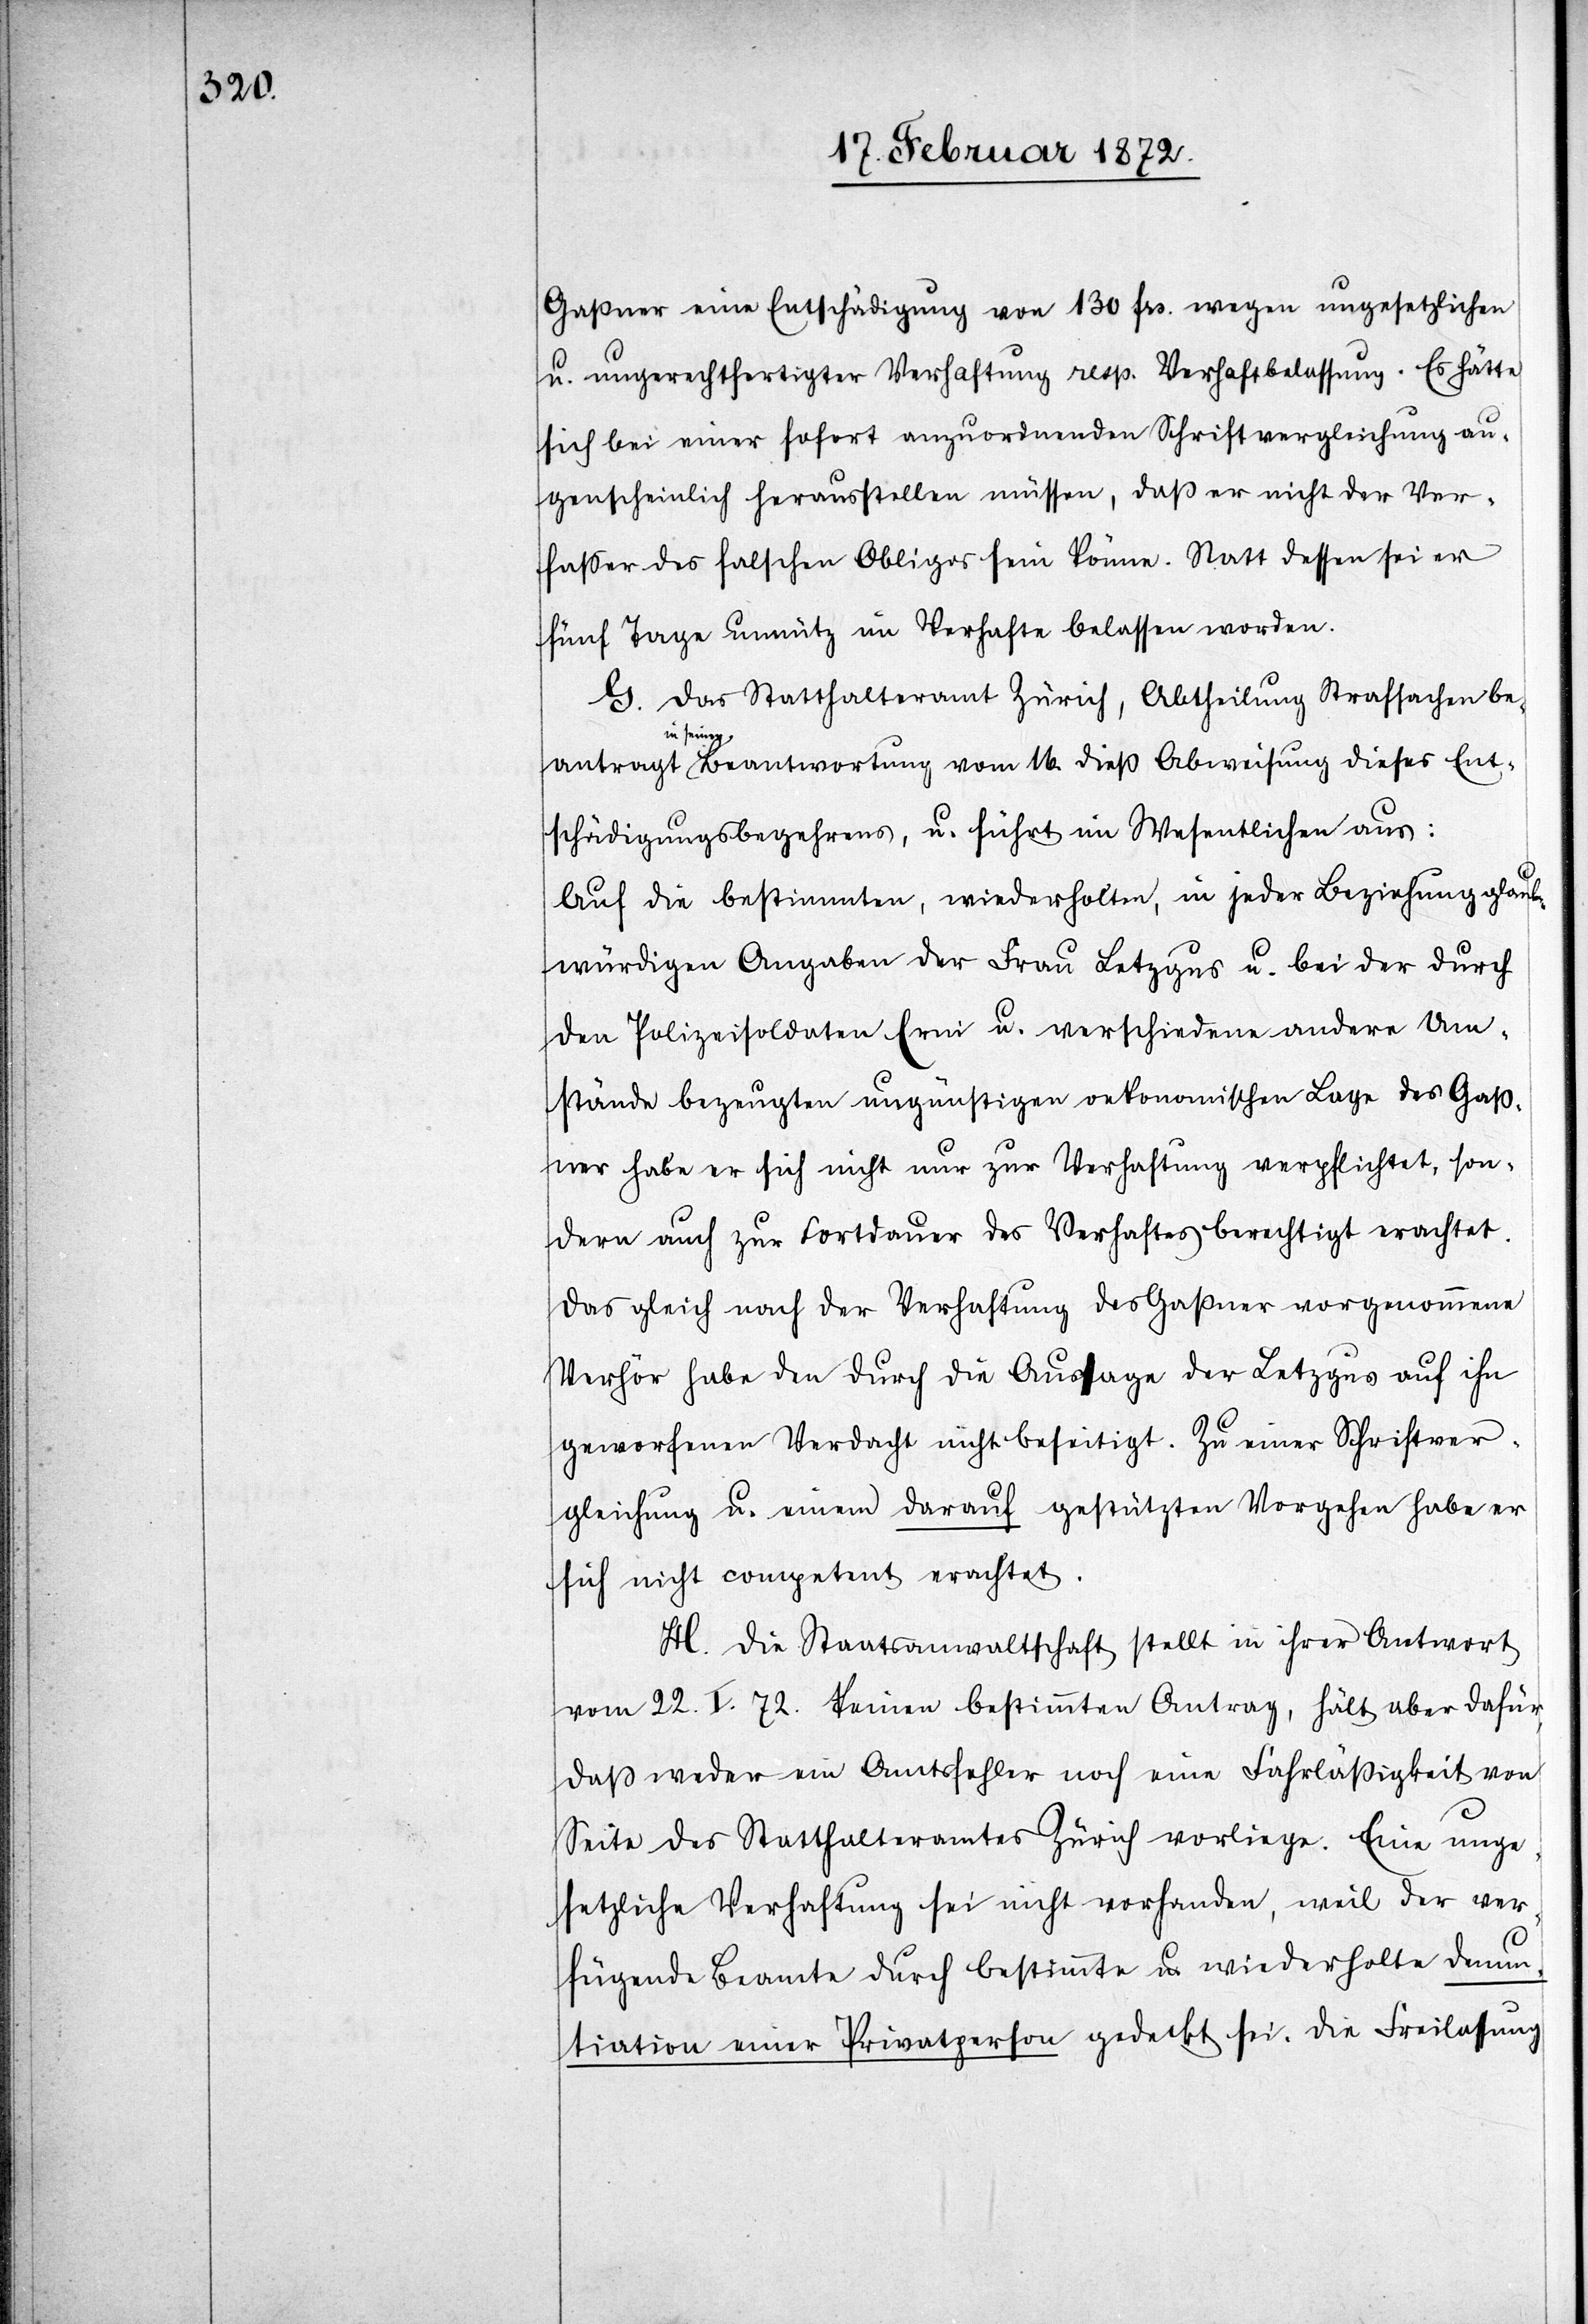
Gaßner eine Entschädigung von 130 frs. wegen ungesetzlichen
u. ungerechtfertigter Verhaftung resp. Verhaftbelassung. Es hätte
sich bei einer sofort anzuordnenden Schriftvergleichung au¬
genscheinlich herausstellen müssen, daß er nicht der Ver¬
fasser des falschen Obligos sein könne. Statt dessen sei er
fünf Tage unnütz im Verhafte belassen worden.
G. Das Statthalteramt Zürich, Abtheilung Strafsachen be¬
antragt in seiner Beantwortung vom 16. dieß Abweisung dieses Ent¬
schädigungsbegehrens, u. führt im Wesentlichen aus:
Auf die bestimmten, wiederholten, in jeder Beziehung glaub¬
würdigen Angaben der Frau Letzgus u. bei der durch
den Polizeisoldaten Erni u. verschiedene andere Um¬
stände bezeugten ungünstigen oekonomischen Lage des Gaß¬
ner habe er sich nicht nur zur Verhaftung verpflichtet, son¬
dern auch zur Fortdauer des Verhaftes berechtigt erachtet.
Das gleich nach der Verhaftung des Gaßner vorgenommene
Verhör habe den durch die Aussage der Letzgus auf ihn
geworfenen Verdacht nicht beseitigt. Zu einer Schriftver¬
gleichgung u. einem darauf gestützten Vorgehen habe er
sich nicht competent erachtet.
H. Die Staatsanwaltschaft stellt in ihrer Antwort
vom 22. I. 72. keinen bestimmten Antrag, hält aber dafür,
daß weder ein Amtsfehler noch eine Fahrläßigkeit von
Seite des Statthalteramtes Zürich vorliege. Eine unge¬
setzliche Verhaftung sei nicht vorhanden, weil der ver¬
fügende Beamte durch bestimmte u. wiederholte Denun¬
tiation einer Privatperson gedeckt sei. Die Freilassung